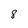
Character: 8